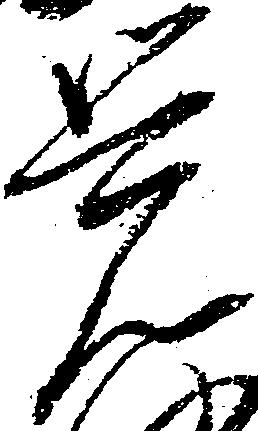
覚